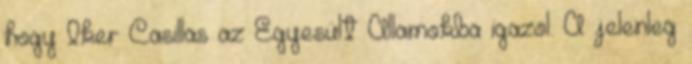
hogy Iker Casillas az Egyesült Államokba igazol. A jelenleg